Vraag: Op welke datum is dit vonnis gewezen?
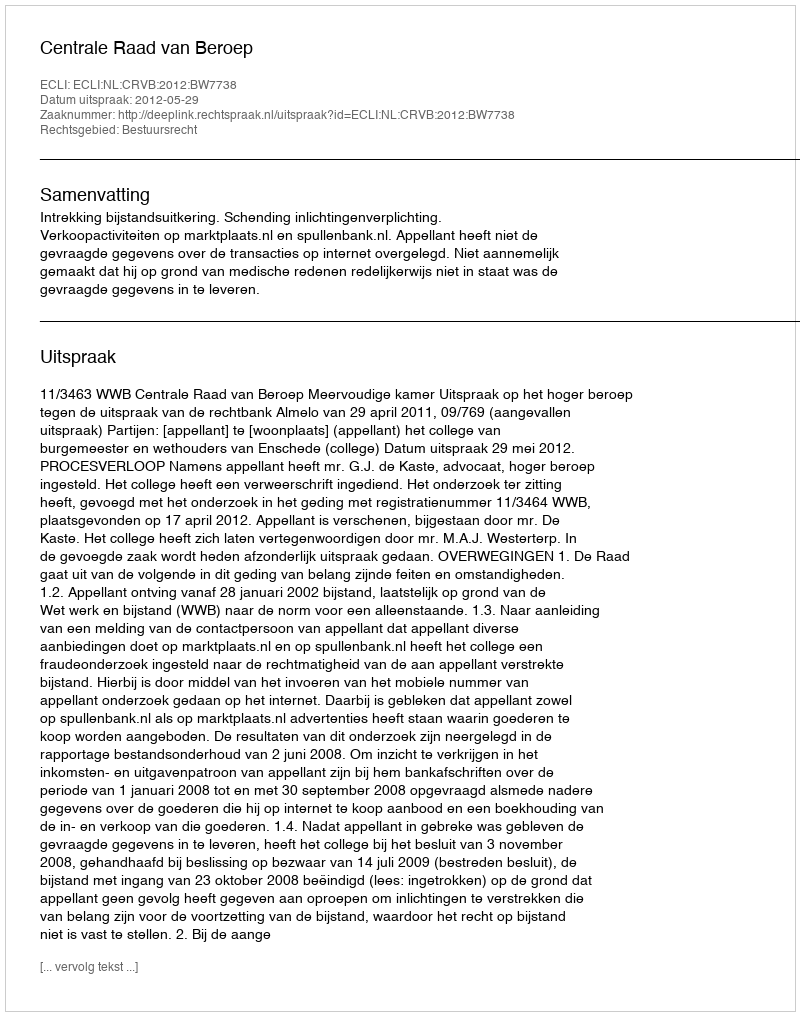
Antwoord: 2012-05-29